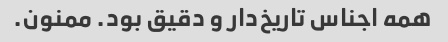
همه اجناس تاریخ‌دار و دقیق بود. ممنون.